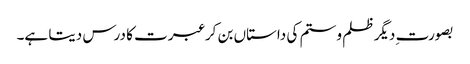
بصورت ِدیگر ظلم و ستم کی داستاں بن کر عبرت کا درس دیتا ہے۔